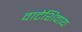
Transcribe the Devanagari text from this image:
वाटेशिवाय